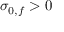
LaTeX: \sigma _ { 0 , f } > 0